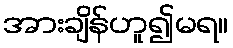
အားချိန်ဟူ၍မရ။